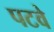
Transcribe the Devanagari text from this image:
पटवे